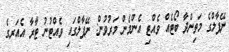
ނޭޕާލްގެ މަތިންދާ ބޯޓެއް ވެއްޓި އެންމެން މަރުވުން: ނޭޕާލްގައި ވެއްޓުނު ޓާރާ އެއަރގެ